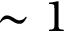
\sim 1